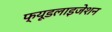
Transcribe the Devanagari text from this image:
फ्यूडलाइजेशन